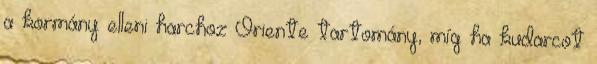
a kormány elleni harchoz Oriente tartomány, míg ha kudarcot